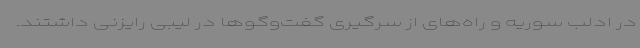
در ادلب سوریه و راه‌های از سرگیری گفت‌وگوها در لیبی رایزنی داشتند.